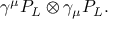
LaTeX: \gamma ^ { \mu } P _ { L } \otimes \gamma _ { \mu } P _ { L } .